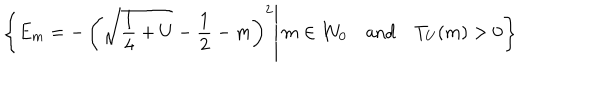
\left\{ E _ { m } = - \left( \left. \sqrt { \frac 1 4 + U } - \frac 1 2 - m \right) ^ { 2 } \right| m \in I \! \! N _ { 0 } \quad \mathrm { a n d } \quad T _ { U } ( m ) > 0 \right\}